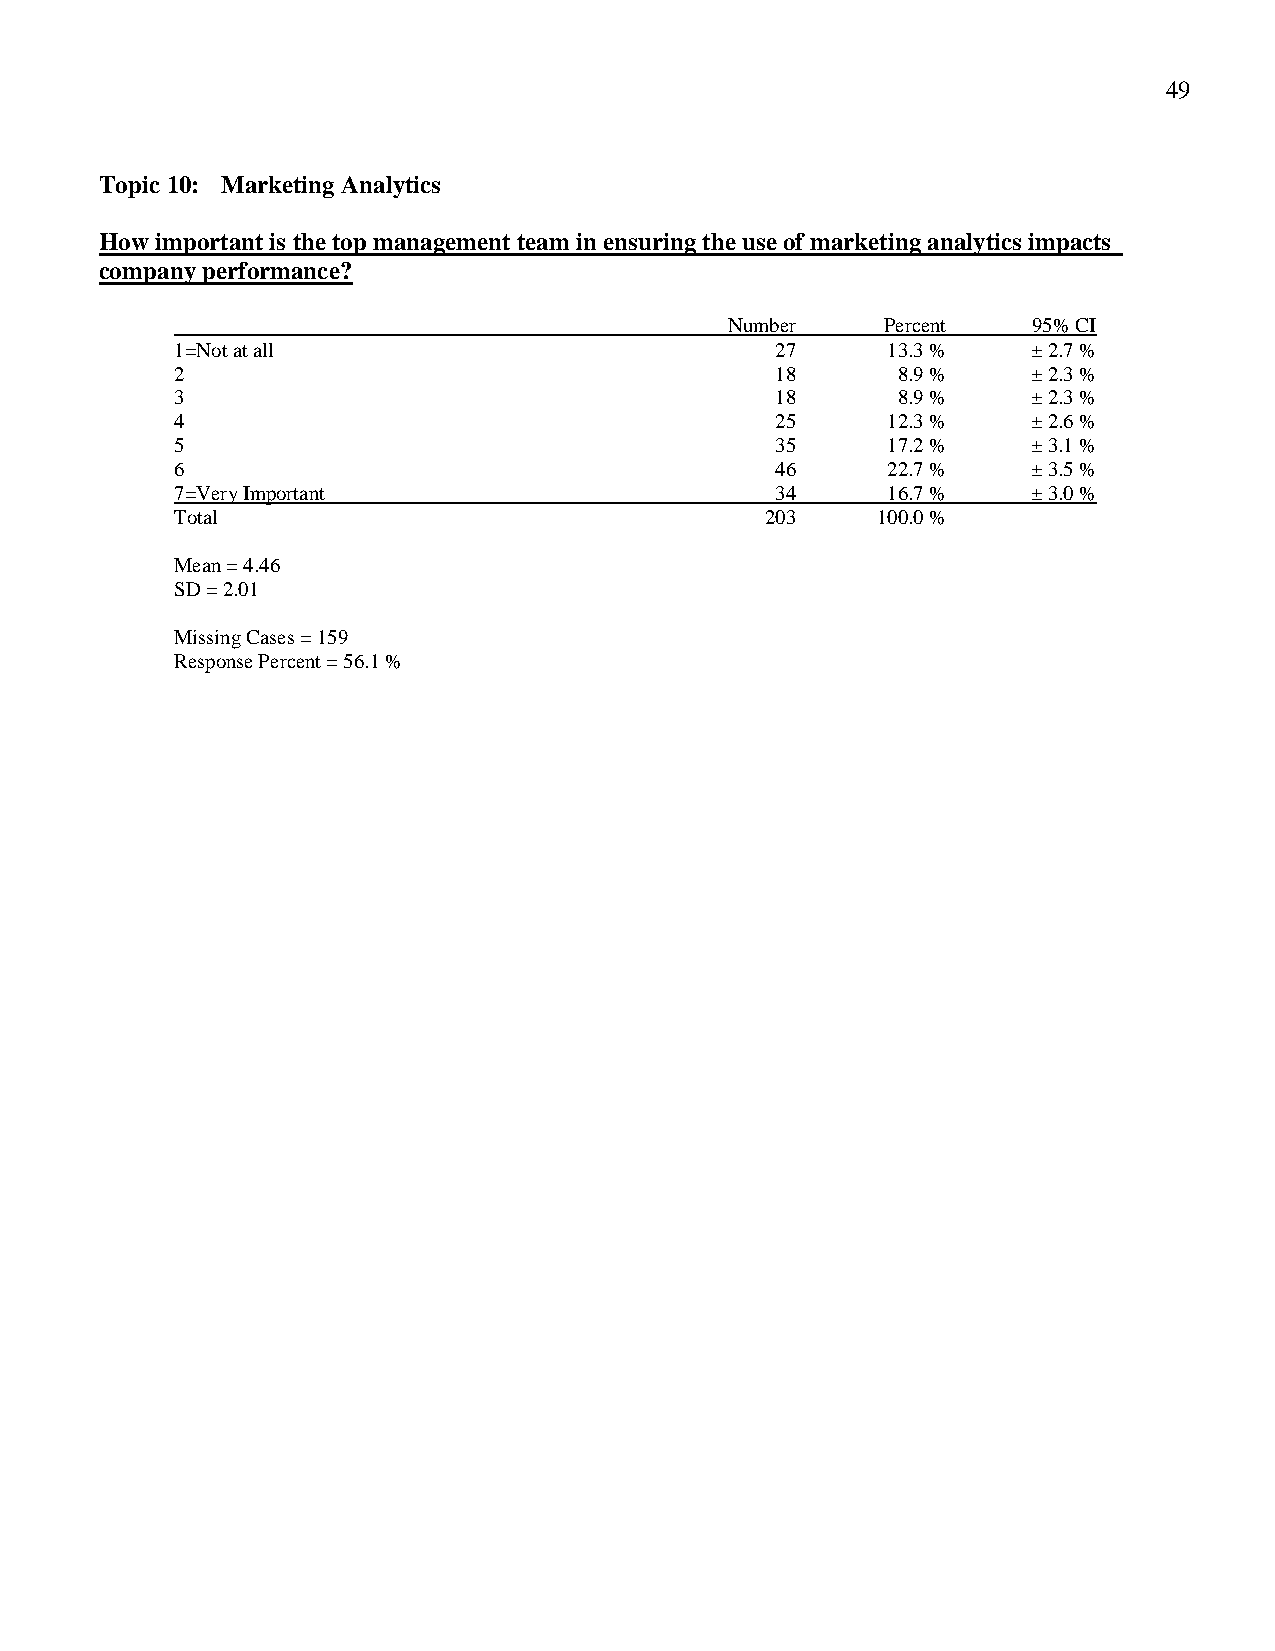
49
 Topic 10: Marketing Analytics
 How important is the top management team in ensuring the use of marketing analytics impacts
 company performance?
 Number     Percent  95% CI
 1=Not at all                           27      13.3 %   ± 2.7 %
 2                                      18      8.9 %    ± 2.3 %
 3                                      18      8.9 %    ± 2.3 %
 4                                      25      12.3 %   ± 2.6 %
 5                                      35      17.2 %   ± 3.1 %
 6                                      46      22.7 %   ± 3.5 %
 7=Very Important                       34      16.7 %   ± 3.0 %
 Total                                  203    100.0 %
 Mean = 4.46
 SD = 2.01
 Missing Cases = 159
 Response Percent = 56.1 %